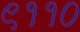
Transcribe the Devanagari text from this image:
९११०